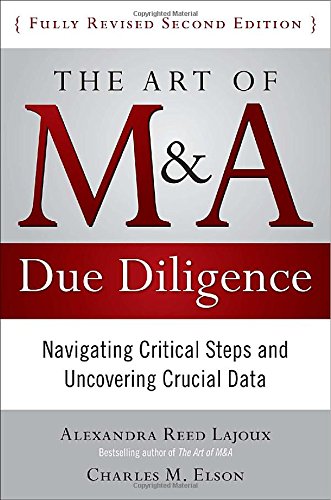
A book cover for The Art of M&A Due Diligence, Second Edition: Navigating Critical Steps and Uncovering Crucial Data; Alexandra Lajoux; Business & Money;